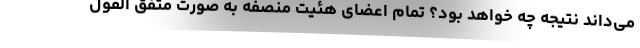
می‌داند نتیجه چه خواهد بود؟ تمام اعضای هئیت منصفه به صورت متفق القول